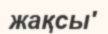
жақсы'